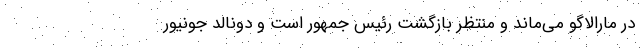
در مارالاگو می‌ماند و منتظر بازگشت رئیس جمهور است و دونالد جونیور